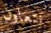
نتعاون